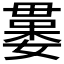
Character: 𣫻